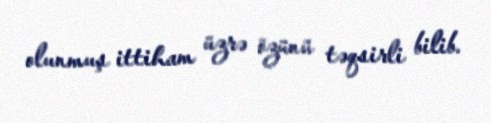
olunmuş ittiham üzrə özünü təqsirli bilib.